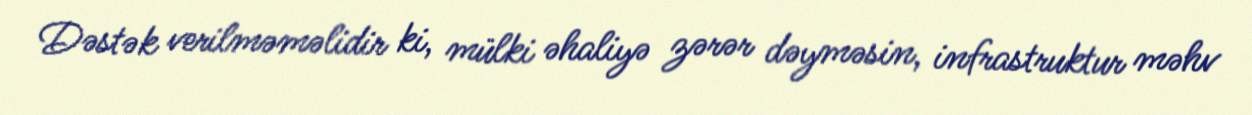
Dəstək verilməməlidir ki, mülki əhaliyə zərər dəyməsin, infrastruktur məhv